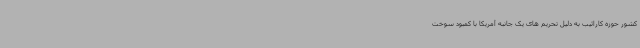
کشور حوزه کارائیب به دلیل تحریم های یک جانبه آمریکا با کمبود سوخت